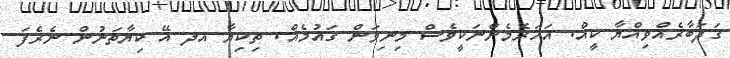
ގަދަބާރެއްވިއްޔާ ކީއް. އަހަރެމެންނަކީވެސް މިނިވަން ގައުމެއް. ތިކިޔާ އދ އޭ ކިޔާތަނުން ނެރެފަ